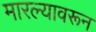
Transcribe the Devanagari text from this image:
मारल्यावरून